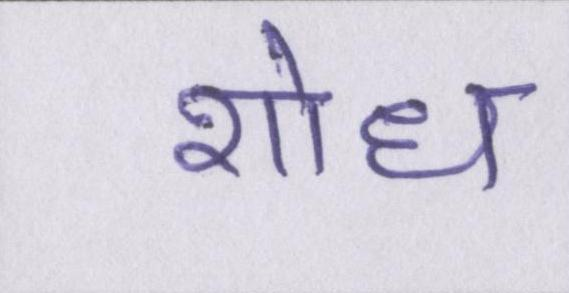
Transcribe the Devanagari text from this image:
शोध